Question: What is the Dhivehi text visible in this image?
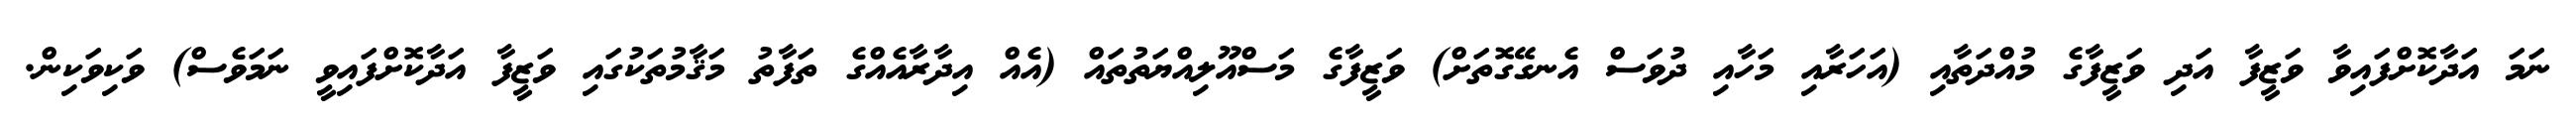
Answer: ނަމަ އަދާކޮށްފައިވާ ވަޒީފާ އަދި ވަޒީފާގެ މުއްދަތާއި (އަހަރާއި މަހާއި ދުވަސް އެނގޭގޮތަށް) ވަޒީފާގެ މަސްއޫލިއްޔަތުތައް (އެއް އިދާރާއެއްގެ ތަފާތު މަޤާމުތަކުގައި ވަޒީފާ އަދާކޮށްފައިވީ ނަމަވެސް) ވަކިވަކިން.